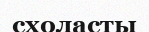
схоласты